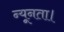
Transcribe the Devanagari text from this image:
न्यूनता।